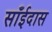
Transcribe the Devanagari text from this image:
साँईदास